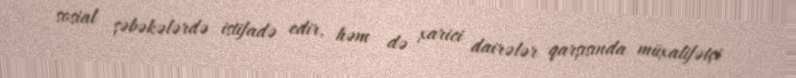
sosial şəbəkələrdə istifadə edir, həm də xarici dairələr qarşısında müxalifətçi